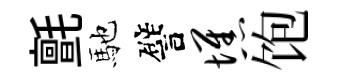
氈馳譬憔饱